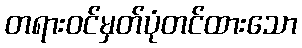
တရားဝင်မှတ်ပုံတင်ထားသော